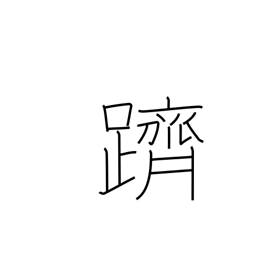
Meaning: climb